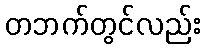
တဘက်တွင်လည်း